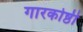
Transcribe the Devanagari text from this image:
गारकोष्ठी